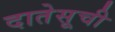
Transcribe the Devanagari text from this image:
दातेसूची